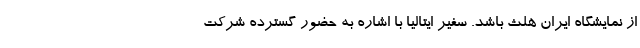
از نمایشگاه ایران هلث باشد. سفیر ایتالیا با اشاره به حضور گسترده شرکت